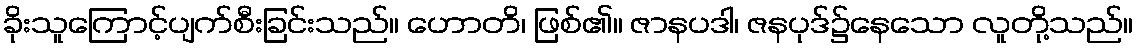
ခိုးသူကြောင့်ပျက်စီးခြင်းသည်။ ဟောတိ၊ ဖြစ်၏။ ဇာနပဒါ၊ ဇနပုဒ်၌နေသော လူတို့သည်။